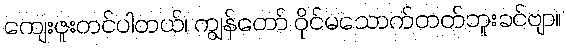
ကျေးဇူးတင်ပါတယ်၊ ကျွန်တော် ဝိုင်မသောက်တတ်ဘူးခင်ဗျာ။